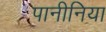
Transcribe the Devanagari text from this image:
पानीनिया